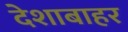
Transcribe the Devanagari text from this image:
देशाबाहर